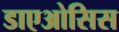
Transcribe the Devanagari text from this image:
डाएओसिस